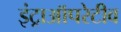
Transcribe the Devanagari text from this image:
इंट्राऑपरेटीव